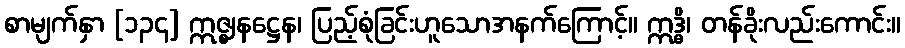
စာမျက်နှာ [၁၃၄] ဣဇ္ဈနဋ္ဌေန၊ ပြည့်စုံခြင်းဟူသောအနက်ကြောင့်။ ဣဒ္ဓိ၊ တန်ခိုးလည်းကောင်း။